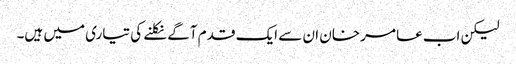
لیکن اب عامر خان ان سے ایک قدم آگے نکلنے کی تیاری میں ہیں۔